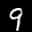
Digit: 9